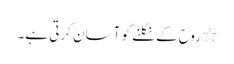
٭ روح کے نکلنے کو آسان کرتی ہے۔